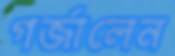
গর্‌জালেন